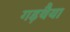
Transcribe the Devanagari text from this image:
गड़थैया